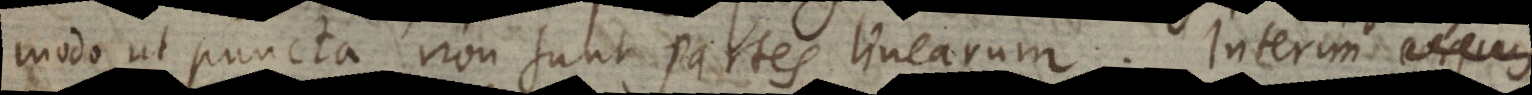
modo ut puncta non sunt partes linearum. Interim corp